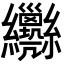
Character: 𦈄